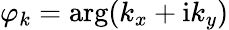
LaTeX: \varphi_{k}=\arg(k_{x}+\mathrm{i}k_{y})